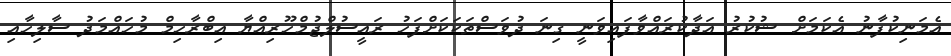
އެމަނިކުފާނު އެކަމަށް ޝުކުރު އަދާކުރައްވާފައިވަނީ ގިނަ ދުވަސްތަކަކަށްފަހު ރައީސުލްޖުމްހޫރިއްޔާ އިބްރާހިމް މުހައްމަދު ސާލިހާއި